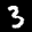
Label: 3